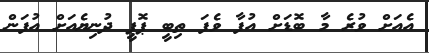
އެއަށް ވުރެ މާ ބޮޑަށް އުފާ ވެފަ ތިބީ ޕޮޕީ ދުނިޔެއަށް އުފަން